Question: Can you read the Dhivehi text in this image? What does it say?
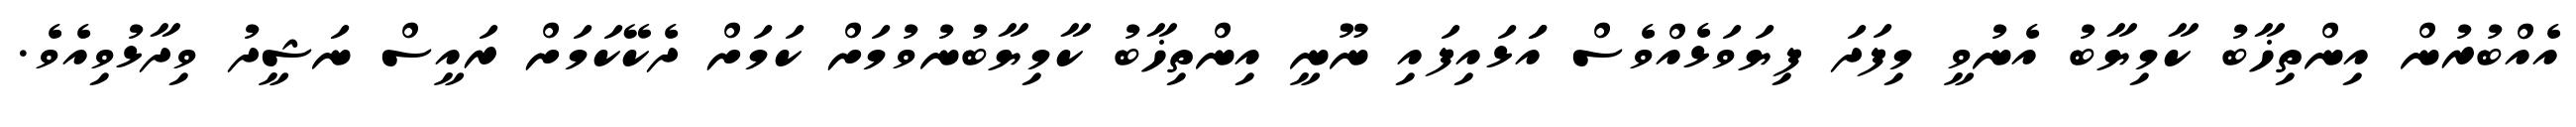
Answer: އެއްބުރުން އިންތިޚާބު ކާމިޔާބު އެނުވީ މިފަދަ ފިޔަވަޅެއްވެސް އަަޅައިފައި ނޫނީ އިންތިޚާބު ކާމިޔާބުނުވުމަށް ކަމަށް ދެކޭކަމަށް ރައީސް ނަޝީދު ވިދާޅުވިއެވެ.